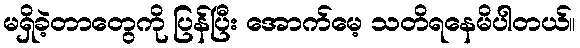
မရှိခဲ့တာတွေကို ပြန်ပြီး အောက်မေ့ သတိရနေမိပါတယ်။